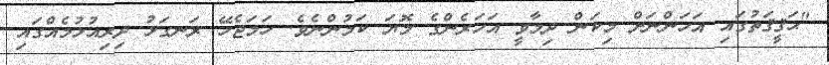
"ޙަޤީޤަތުގައި އަހަންނަށް މިކަން ދިމާވީ އަހަރެންގެ މޮޔަ ކަމުންނެވެ. ހަމަޖެހޭ ރަނގަޅު ދިރިއުޅުމެއްގައި